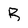
Character: R